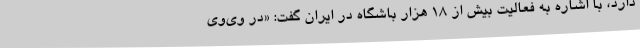
دارد، با اشاره به فعالیت بیش از ۱۸ هزار باشگاه در ایران گفت: «در وی‌وی